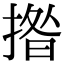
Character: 揝